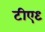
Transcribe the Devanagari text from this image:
टीए९